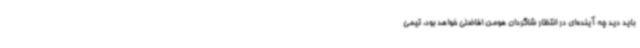
باید دید چه آینده‌ای در انتظار شاگردان هومن افاضلی خواهد بود. تیمی